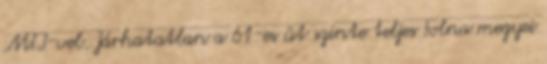
MTI-vel. Járhatatlan a 61-es út szinte teljes Tolna megyei